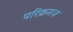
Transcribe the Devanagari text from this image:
परिक्रमज